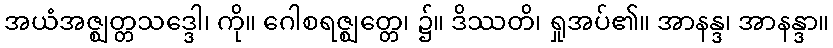
အယံအဇ္ဈတ္တသဒ္ဒေါ၊ ကို။ ဂေါစရဇ္ဈတ္တေ၊ ၌။ ဒိဿတိ၊ ရှုအပ်၏။ အာနန္ဒ၊ အာနန္ဒာ။